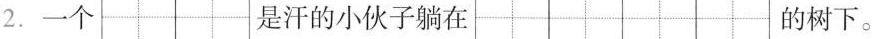
2. 一个 是汗的小伙子躺在 的树下。